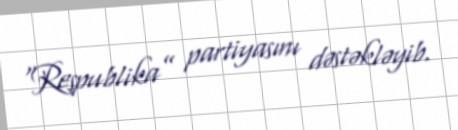
“Respublika” partiyasını dəstəkləyib.